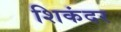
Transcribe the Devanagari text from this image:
शिकंदर